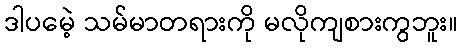
ဒါပမေဲ့ သမ်မာတရားကို မလိုကျစားကွဘူး။